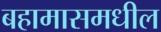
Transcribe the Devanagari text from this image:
बहामासमधील